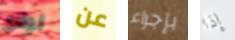
لولاي عن بإجراء إذا